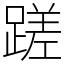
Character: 蹉